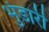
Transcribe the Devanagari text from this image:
भुंडारी